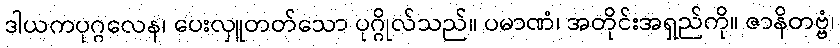
ဒါယကပုဂ္ဂလေန၊ ပေးလှူတတ်သော ပုဂ္ဂိုလ်သည်။ ပမာဏံ၊ အတိုင်းအရှည်ကို။ ဇာနိတဗ္ဗံ၊